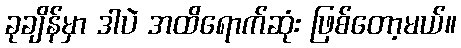
ခုချိန်မှာ ဒါပဲ အထိရောက်ဆုံး ဖြစ်တော့မယ်။